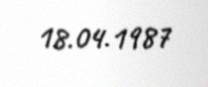
18.04.1987